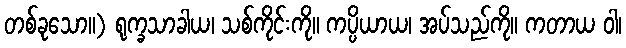
တစ်ခုသော။) ရုက္ခသာခါယ၊ သစ်ကိုင်းကို။ ကပ္ပိယာယ၊ အပ်သည်ကို။ ကတာယ ဝါ၊